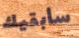
سأبقيك